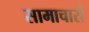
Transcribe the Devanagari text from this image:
सामाचारों